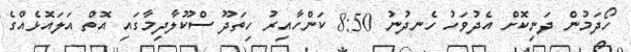
ހޯދަމުން ދަނިކޮށް އެދުވަހު ހެނދުނު 8:50 ކަންހާއިރު ހިތަދޫ ސްކޫލާދިމާގައި އޮތް އަލައޮޅެއްގެ